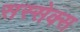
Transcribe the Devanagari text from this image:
सस्सेक्स